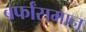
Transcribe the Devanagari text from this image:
बर्फांसमान